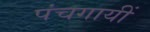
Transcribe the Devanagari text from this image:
पंचगायीं